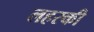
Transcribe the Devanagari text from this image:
लहरकी